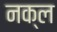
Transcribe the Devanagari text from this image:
नक्ल